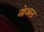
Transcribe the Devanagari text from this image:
नोअल